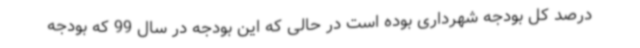
درصد کل بودجه شهرداری بوده است در حالی که این بودجه در سال 99 که بودجه